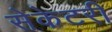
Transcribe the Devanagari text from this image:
सेकेटरी